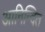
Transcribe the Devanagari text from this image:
आनिन्दित